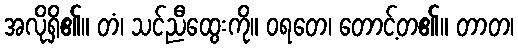
အလိုရှိ၏။ တံ၊ သင်ညီထွေးကို။ ဝရတေ၊ တောင့်တ၏။ တာတ၊